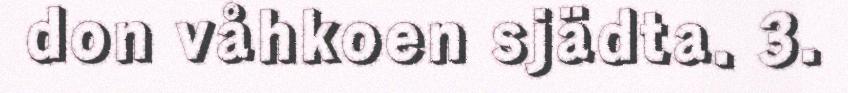
don våhkoen sjädta. 3.